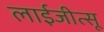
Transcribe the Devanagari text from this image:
लाईजीत्सू